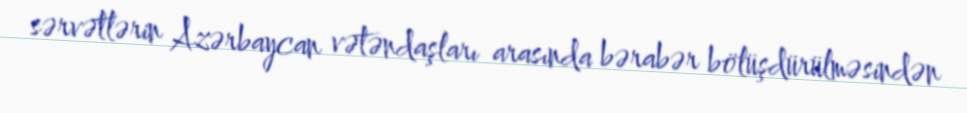
sərvətlərin Azərbaycan vətəndaşları arasında bərabər bölüşdürülməsindən